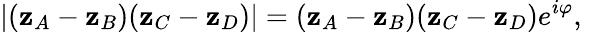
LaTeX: \left|(\mathbf{z}_{A}-\mathbf{z}_{B})(\mathbf{z}_{C}-\mathbf{z}_{D})\right|=(\mathbf{z}_{A}-\mathbf{z}_{B})(\mathbf{z}_{C}-\mathbf{z}_{D})e^{i\varphi},\quad